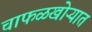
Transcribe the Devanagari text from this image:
चाफळखोऱ्यात